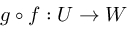
g \circ f : U \rightarrow W